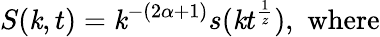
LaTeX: S(\mathit{k},t)=\mathit{k}^{-(2\alpha+1)}s(\mathit{k}t^{\frac{{1}}{{z}}}),\mathrm{{\, \, where}}